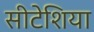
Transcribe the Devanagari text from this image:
सीटेशिया